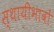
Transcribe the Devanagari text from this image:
स्थायीभावों